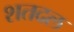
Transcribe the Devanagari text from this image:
शतदल